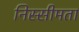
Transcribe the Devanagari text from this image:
निस्सीमता